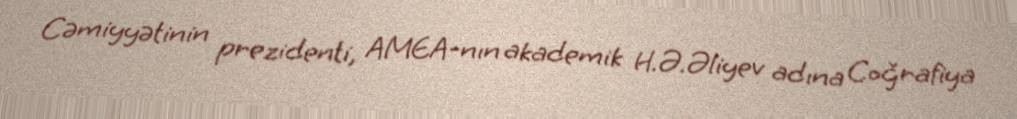
Cəmiyyətinin prezidenti, AMEA-nın akademik H.Ə.Əliyev adına Coğrafiya